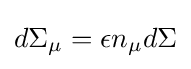
d\Sigma _{\mu }=\epsilon n_{\mu }d\Sigma